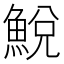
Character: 鮵